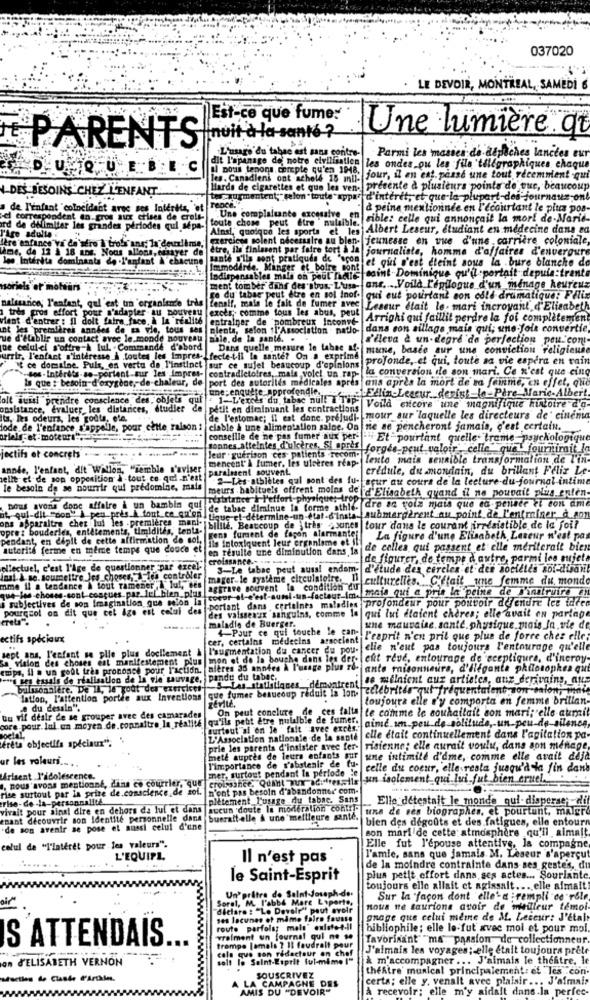
037020
LE DEVOIR, MONTREAL, SAMEDI 6
Est-ce que fume:
nuit à la santé ?
Une lumière.qt
PARENTS
L'usage du tabac est sans contre
Parmi les masies de dépêches lancées eur
DU QUE BEC
dit l'apanage de notre elvilisation les ondes ou les fils 'tilfgraphiques chaque
Il nous tenons compte qu'en 1948.
les. Canadiens ont scholl 18 mil-
jour, il en est. pease une tout récemment -qui
DES BESOINS CHEZ L'ENFANT
Harde de cigarettes et que les vene
presente a plusieurs points de que, beaucoup
tes augmentent; "selon" toute " appar d'interet, et que la plupart-des journaux ont
a de L'infant coincident avec ses Interita, 'et rence."
à peine mentionnée en l'ecourtant le plus pos
el comerpondent en gros aux crises de crels-
od de delimiter les grandes periodes qui sepa- toute chose peut etre nulalbie.
Une complaisante excessive
sible: celle qui annonçait la mort de-Marie-
Ainsi, quoique les sports et les Albert Leseur, étudiant en médecine dans ad
Fare adulto
exercices solent nécessaire au bien- jeunesse en vue d'une carrière coloniale,
MAme, da 12 à 18 ans. Nous allons,er
fre'enfance"vi de séro À trois ans; la deuxième,
er de
être, ils finissent par faire tort à la journaliste, homme d'affaires d'envergure
les Intérêts dominants de .l'enfant À chacune
sante s'ils sont pratiques de "scon et qui s'est éteint sous la .bure blanche de
Indispensables mall on peut Thette fedint Dominique qu'il -portait depuis:trente
mmodirde. Manger et boire pont
soriels er mottiars
ment tomber dans des abus. L'usa- ans .... Voilà L'épilogue d'un ménage heureuz
naissance; l'enfant, qul 'est un 'organlende très
Lenaif, mais le fait de fumer avec
re du tabac peut être en sol Inof.
qui eut pourtant son cold dramatique: Fllix
tris pros effort pour s'adapter au nouveau exces; comme tous les abus, peut
Leseur Htait le. mari incroyant d'Elisabeth
fant d'entrer : Il doit faire face. à la realite
entrainer de pombreux Inconve
Arrighi qui faillit perdre la foi complètement
premières années de sa vie, tous ses
slenta, selon "l'Association natio- dans son sillage mais qui; une fois convertie,
ue d'établir un contact avec le monde nouveau
mhle. de la santé. .
s'ileva è un-degre de perfection peu."cont-
ne celui-ci s'offre-à lui. Commande d'abord
Dans quelle mesure le tabac af- mune, basée sur une conviction religieuse
urrir, l'enfant s'intéresse À toutes les Impres- Lfecte-t-il la sante? On a exprime
profonde, et qui, toute sa vie espera en vain
It ce domaine. Puls, en vertu de l'instinct sur ce sujet beaucoup d'opinions
-sos - Intérêts-so-portent sur les impres-
contradictoires, mais vole! un rap-
la conversion de son mari. Ce n'est que cing
Is que : besoin-d'oxygène ,- de-chaleur, de
port des autorités medicales apres
une: enquete approfondie ..
ans après la mort de sa femme, en effet, que
olt aussi prendre conscience des, objets qui . 1-L'excès du tabac null I Tip-
Ellin-Leacur_denist-le-Père Marie-Albert
onsistance, évaluer, les distarices, étudier de
petit en diminuant les contractions
Voilà eitcore une magnifique histoire d'o-
ta. les odeurs, les godts, etc.
de l'estomac; Il est donc. prejudi- mour sur laquelle les directeurs de' cinenia
lode de l'enfance s'appelle, pour cette raison :
ciable & une alimentation saloe. On
ne se pencheront jamais, c'est certain.
ariels -et -moteur",
conseille de ne pas fumer aux per "" Et pourtant quelle. trame psychologique
sonnes atteintes d'ulceres, Si apres forgés_peut valoir"celle"que fournirit
jectifs et concrets
Jeur . guérison ces patients recom.
mencent" À fumer, les uletres reap-
lento mais sensible transformation de l'in-
année, l'enfant, dit Willon, "semble n'aviser
paralssent souvent.
crédule, du mondain, du brillant Feliz Le
telle et de son opperition à-tout ce qui n'est
2-Les-athlètes qui sont des fu-
seur au cours de la lecture-du-journal intime
le besoin de se nourrir qui prédomine, mais
meurs habituels offrent moins de d'Elisabeth quand il ne pouvait plus enten
Exaustaer & l'effort-physique; tro
dre as roiz mais que eo penser et con ame
nous avons donc affaire & un bambin gof
de tabac diminue In forme athie-
at qui-dil "don" À peu près.A tout ce qu'on
ons .Sparaltre chez lui les .premières mach's
Lique el-determine-un-etal-d'insta- submergèrent au_point de l'enfriner_d.con
opre: bouderles, entêtements, timidités, tenta-
pendant, en dépit de cette affirmation de sol, Fent furent de façon alarmante!
billle. Beaucoup de ;tres sounes tour dans le courant irrésistible de la foil
ils intoxiquent leur organisme ot
La figure d'une Elisabeth Lateur n'est pas
autorité ferme en même temps que douce et
en résulte une diminution dans la
de celles qui passent et elle mériterait bien
croissance .. .. ...
de figurer, de tempe d autre, parmi les mijeta
ellectuel, c'est l'Age de questionner par excel-
3-Le tabac peut auss! endem-
d'étude den cercles et des sociétés soi-disant
inal & se. soumettre_les_choses,z les contrôler
mager-le système circulatoire.
culturelles. C'était une femme du monde
mme il a tendance à tout ramener I lul, bes
que-les choses-sont conçues.par.lel bien_plus
aggrave souvent la condition du
mais qui a pris la peine de D'instruire en
subjectives de son Imagination que selon la
coeur al-c'est-aussi-un-facteur_imal
portant dans certaines maladies profondeur pour pouvoir d'fendre lee idres
pourqcol on dit que cel Age est celal des
des vaisseaux sanguins, comme
qui lui étaient chères; elle avait on partage
maladie de Buerger.
4-Pour ce qui touche le can-
une mauvaise. sante. physique.mais In vie de
ectifs spéciaux
cer, certains medecins associent
L'esprit n'en pril que plus de force chez elle;
sept ans, l'enfant se plie plus doellement &
l'augmentation du cancer du pou-
clie n'eut pas toujours L'entourage qu'elle
Sa vision des choses est manifestement plus
mon et de la bouche dans les der.
eft reve, entourage de seepliqura, d'ineroy-
emps, Il a un goût tres prononce pour l'action.
Bières 36 années À l'usage plus ro-
ante raisonneurs, d'ileganta philosophea qut
uses essals de réalisation de la vie sauvage,
pandu du tabac,
se melnient aux articles, aux derivains, aus
balssonalere. De 11, le godt des exercices-
lation, l'attention portde aux Inventions que fumer beaucoup reduit Ia lon-
-S. Les statistiques_ démontrent
zalebritde qui frequentalent son salon, mini
zévite,
toujours elle d'y comporta en femme brillan-
re du desale".
On peut conclure de ces falta
te comme le souhaitait son mari; elle aumil
uu vil désir de se grouper avec des camarades
core.pour. Jul un moyen de.connaitre In réalité |qu'ils peut être nulalble de fumer.
aime.un.peu de solitude, un peu-de-silence
surtout"al on Je " fait avee exces."
Boelal.
frets objectifs spéciaux". '
L'Association nationale de la sante elle était continuellement dans l'agitation pa-
prie les parents d'insister avec fer-
risienne; elle aurait voulu, dans son menage,
ur les valeuri ....
mete auprès de leurs enfants Fur
une intimile d'dme, comme elle avait deja
l'importance de s'abstenir de fu-
mer, surtout pendant la période 'e
celle du coeur, elle resta jusqu'à la fin dans
Mirisent l'adolescence.
. nous avons mentionné, das co courrier, que croissance, Quant aux acilressils
1. un isolement qui lui fut bien cruel.
rise surtout par la prise de.conscience de sol.
n'ont pas besoin d'abandonner com-
plètement l'usage du tabac. Sans
Elle detestait le monde qui- disperse; di
vivait pour sinal dire en dehors da lui et dans
aucun doute la modération contil-
una de ses biographes, et pourtant, malgr
enant découvrir son Identité personnelle dans
buerait-elle & une meilleure sante.
bien des degcuts et des fatigues, elle entourn
"de son avenir se pose et aussi celul d'une
son mari de cette atmosphere qu'il aimait.
celul de "l'intérêt pour les valeurs".
Elle fut l'épouse attentive, la compagne
L'EQUIPL
Il n'est pas
l'amie, sans que jamais. M. Leseur s'apercut
de la moindre contrainte dans ses gestes, di
le Saint-Esprit
plus petit effort dans ses actes ... Souriante.
toujours elle allait et agissait ... elle aimait
Sorel, M. l'abbé Mare Lyperto,
Un'pritre de Saint-Joseph-de
Sur la façon dont elle'a :rempli ce rôle
"diclaro : "Le Devoir" peut avoir
nous ne taurione avoir de meilleur temol-
ses lacunes of måme faire fausse
gnage que celui meme de M. Leceur: J'etal
route parfois; mals' existe-t-il
bibliophile; elle le-fut avec moi et pour moi
S ATTENDAIS.
vraiment un journal qui ne se
favorisant" "ma passion de collectionneur.
trompe [amals ? 11 faudrait pour
J'aimais les voyages; elle était toujours prête
an J'ELISABETH VERNON
cela que son rédacteur en chef
salt le Saint-Esprit fui-mime I"
& m'accompagner ... J'aimais le théâtre, le
theAtre' musical principalement: et . les con
aduction de Clande d'Arthies,
SOUSCRIVEZ
CAMPAGNE DES
certa; elle y. venalt avec plaisir ... J'aimais
ALA
AMIS DU "DEVOIR"
à recevoir; elle m'y aidait dans.la perfec